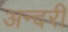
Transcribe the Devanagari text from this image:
अन्दरी